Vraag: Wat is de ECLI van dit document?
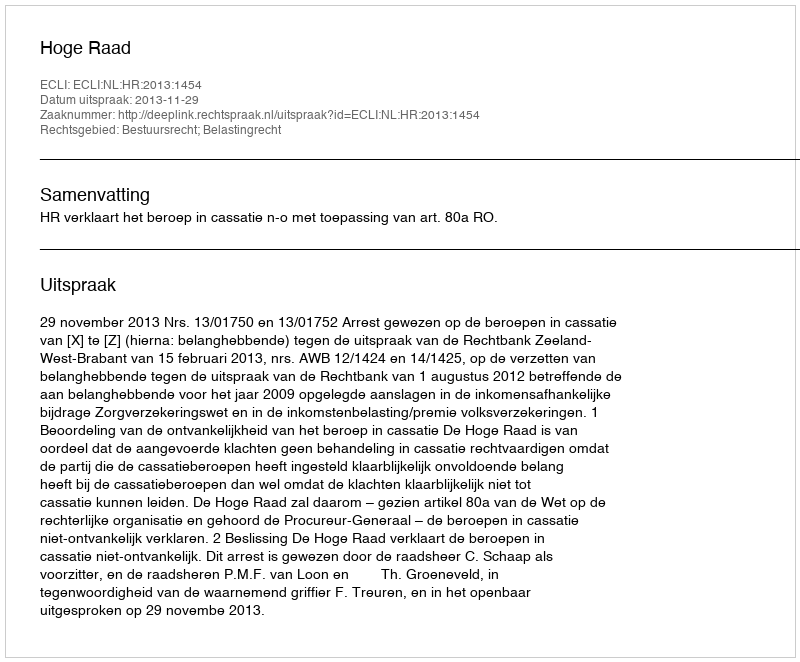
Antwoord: ECLI:NL:HR:2013:1454